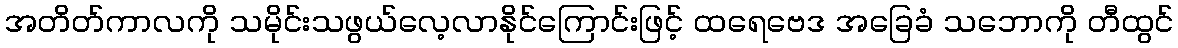
အတိတ်ကာလကို သမိုင်းသဖွယ်လေ့လာနိုင်ကြောင်းဖြင့် ထရေဗေဒ အခြေခံ သဘောကို တီထွင်